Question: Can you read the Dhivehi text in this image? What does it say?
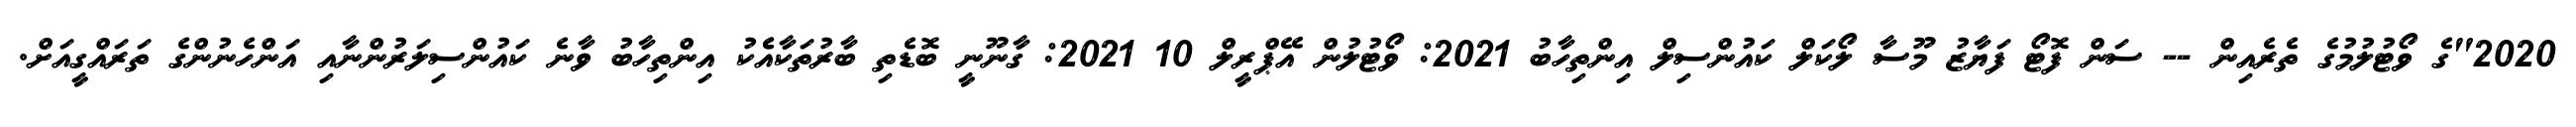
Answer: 2020"ގެ ވޯޓުލުމުގެ ތެރެއިން -- ސަން ފޮޓޯ ފަޔާޒު މޫސާ ލޯކަލް ކައުންސިލް އިންތިހާބު 2021: ވޯޓުލުން އޭޕްރީލް 10 2021: ގާނޫނީ ބޮޑެތި ބާރުތަކާއެެކު އިންތިހާބު ވާނެ ކައުންސިލަރުންނާއި އަންހެނުންގެ ތަރައްގީއަށް.